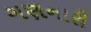
ગણનારી